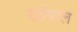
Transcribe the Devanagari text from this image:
राईवाल